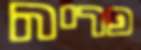
פריה